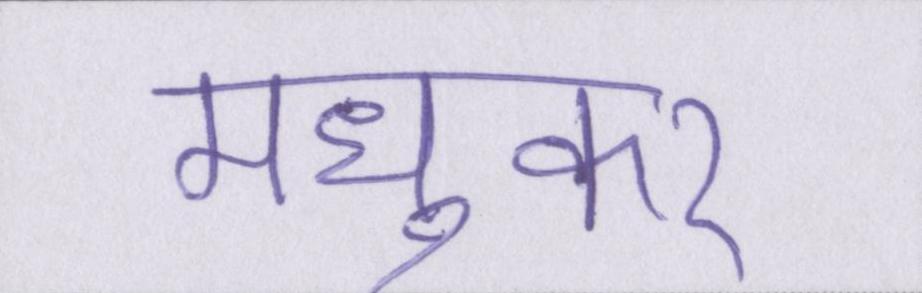
मध्ुकर